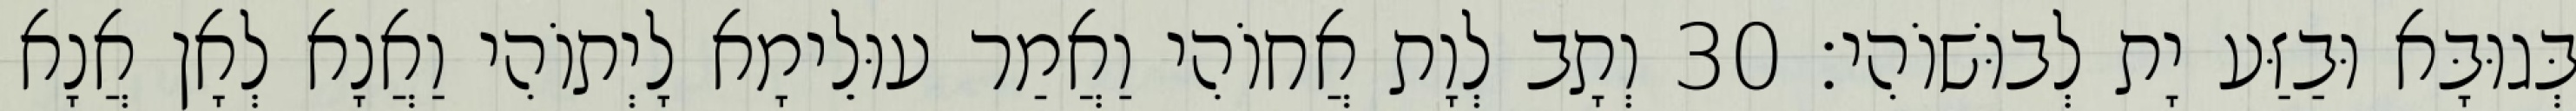
בְּגוּבָּא וּבַזַּע יָת לְבוּשׁוֹהִי׃ 30 וְתָב לְוָת אֲחוֹהִי וַאֲמַר עוּלֵימָא לָיְתוֹהִי וַאֲנָא לְאָן אֲנָא